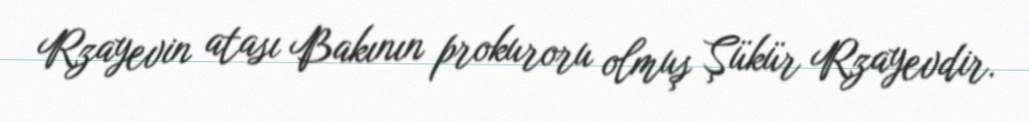
Rzayevin atası Bakının prokuroru olmuş Şükür Rzayevdir.